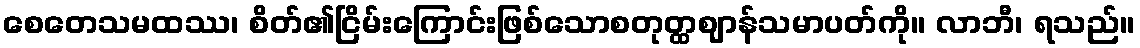
စေတေသမထဿ၊ စိတ်၏ငြိမ်းကြောင်းဖြစ်သောစတုတ္ထဈာန်သမာပတ်ကို။ လာဘီ၊ ရသည်။